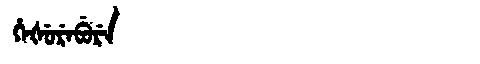
Manchu: ᡥᡝᡧᡠᡵᡝᠪᡠᡵᡝ
Romanization: HEŠUREBURE